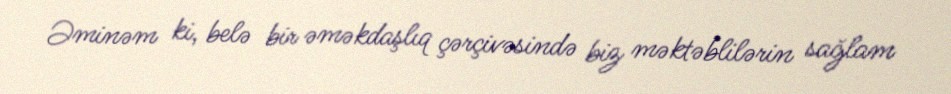
Əminəm ki, belə bir əməkdaşlıq çərçivəsində biz məktəblilərin sağlam